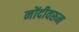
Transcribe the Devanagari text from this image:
नोंदीवरून